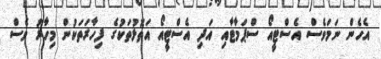
އެހެން ނަމަވެސް އެސްޓީއޯ ސްޕަމާޓާއި އަދި އެސްޓީއޯ އަތޮޅުތަކުގެ ފިހާރަތަކުން މިހާރު ވެސް